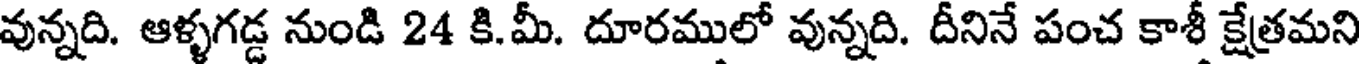
వున్నది. ఆళ్ళగడ్డ నుండి 24 కి.మీ. దూరములో వున్నది. దీనినే పంచ కాశీ క్షేత్రమని